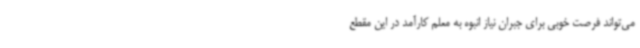
می‌تواند فرصت خوبی برای جبران نیاز انبوه به معلم کارآمد در این مقطع